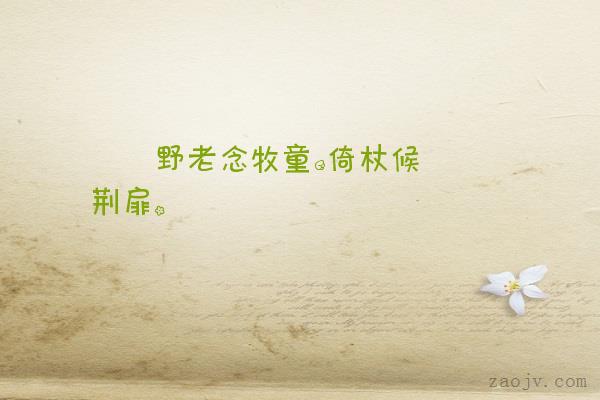
野老念牧童，倚杖候荆扉。